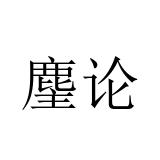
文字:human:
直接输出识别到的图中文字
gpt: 麈论